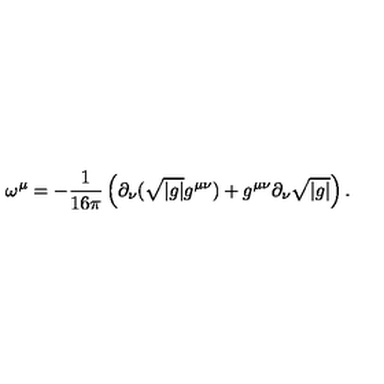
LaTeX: \omega ^ { \mu } = - { \frac { 1 } { 1 6 \pi } } \left( \partial _ { \nu } ( \sqrt { \vert g \vert } g ^ { \mu \nu } ) + g ^ { \mu \nu } \partial _ { \nu } \sqrt { \vert g \vert } \right) .